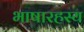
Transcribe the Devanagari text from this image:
भाषारहस्य